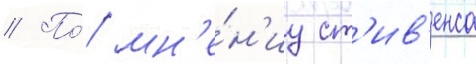
// По́ мн'е́н'иу ст'ив'енса